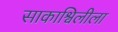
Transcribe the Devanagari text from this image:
साकाश्विलीला